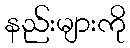
နည်းများကို